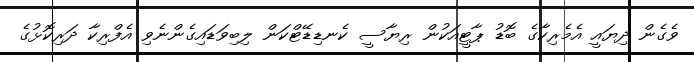
ވެގެން ދިޔައީ އެމެރިކާގެ ބޮޑު ޕާޓީއަކުން ރިޔާސީ ކެނޑިޑޭޓްކަން ލިބިވަޑައިގެންނެވި އެފްރިކާ ދަރިކޮޅުގެ